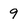
Character: 9